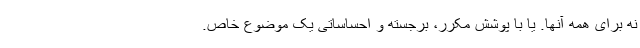
نه برای همه آنها. یا با پوشش مکرر، برجسته و احساساتی یک موضوع خاص.